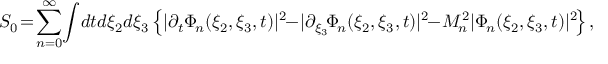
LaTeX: S _ { 0 } \! = \! \sum _ { n = 0 } ^ { \infty } \! \int \! d t d \xi _ { 2 } d \xi _ { 3 } \left\{ | \partial _ { t } \Phi _ { \! n } ( \xi _ { 2 } , \xi _ { 3 } , t ) | ^ { 2 } \! \! - \! | \partial _ { \xi _ { 3 } } \! \Phi _ { \! n } ( \xi _ { 2 } , \xi _ { 3 } , t ) | ^ { 2 } \! \! - \! M _ { \! n } ^ { 2 } | \Phi _ { \! n } ( \xi _ { 2 } , \xi _ { 3 } , t ) | ^ { 2 } \! \right\} ,